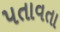
પતાવતા